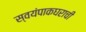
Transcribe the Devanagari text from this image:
स्वयंपाकघराची